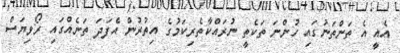
އެއީ އެ ތަންތަނުގައި ހުންނަ ތަކެތީ ނުރައްކާތެރިކަމުގެ އިތުރުން އެފަދަ ތަނެއްގައި ރޯވިޔަސް